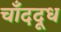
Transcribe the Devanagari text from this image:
चाँददूध